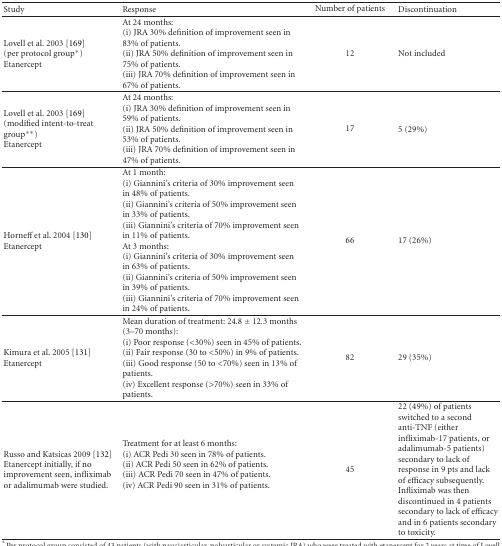
<table><thead><tr><td><b> Study</b></td><td><b>Response</b></td><td><b>Number of patients</b></td><td><b>Discontinuation</b></td></tr></thead><tbody><tr><td>Lovell et al. 2003 [169](per protocol group*) Etanercept</td><td>At 24 months: (i) JRA 30% definition of improvement seen in 83% of patients. (ii) JRA 50% definition of improvement seen in 75% of patients.(iii) JRA 70% definition of improvement seen in 67% of patients.</td><td>12</td><td>Not included</td></tr><tr><td>Lovell et al. 2003 [169] (modified intent-to-treat group**) Etanercept</td><td>At 24 months:(i) JRA 30% definition of improvement seen in 59% of patients. (ii) JRA 50% definition of improvement seen in 53% of patients.(iii) JRA 70% definition of improvement seen in 47% of patients.</td><td>17</td><td>5 (29%)</td></tr><tr><td>Horneff et al. 2004 [130]Etanercept</td><td>At 1 month: (i) Giannini&#x27;s criteria of 30% improvement seen in 48% of patients. (ii) Giannini&#x27;s criteria of 50% improvement seen in 33% of patients. (iii) Giannini&#x27;s criteria of 70% improvement seen in 11% of patients. At 3 months:(i) Giannini&#x27;s criteria of 30% improvement seen in 63% of patients. (ii) Giannini&#x27;s criteria of 50% improvement seen in 39% of patients. (iii) Giannini&#x27;s criteria of 70% improvement seen in 24% of patients.</td><td>66</td><td>17 (26%)</td></tr><tr><td>Kimura et al. 2005 [131]Etanercept</td><td>Mean duration of treatment: 24.8 ± 12.3 months (3–70 months):(i) Poor response (&lt;30%) seen in 45% of patients. (ii) Fair response (30 to &lt;50%) in 9% of patients. (iii) Good response (50 to &lt;70%) seen in 13% of patients. (iv) Excellent response (&gt;70%) seen in 33% of patients.</td><td>82</td><td>29 (35%)</td></tr><tr><td>Russo and Katsicas 2009 [132]Etanercept initially, if no improvement seen, infliximab or adalimumab were studied.</td><td>Treatment for at least 6 months:(i) ACR Pedi 30 seen in 78% of patients. (ii) ACR Pedi 50 seen in 62% of patients. (iii) ACR Pedi 70 seen in 47% of patients. (iv) ACR Pedi 90 seen in 31% of patients.</td><td>45</td><td>22 (49%) of patients switched to a second anti-TNF (either infliximab-17 patients, or adalimumab-5 patients) secondary to lack of response in 9 pts and lack of efficacy subsequently. Infliximab was then discontinued in 4 patients secondary to lack of efficacy and in 6 patients secondary to toxicity.</td></tr></tbody></table>